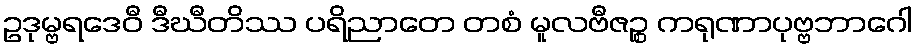
ဥဒုမ္ဗရဒေဝီ ဒီဃီတိဿ ပရိညာတေ တစံ မူလဗီဇဉ္စ ကရုဏာပုဗ္ဗဘာဂေါ